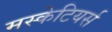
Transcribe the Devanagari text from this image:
मस्केटियर्स